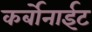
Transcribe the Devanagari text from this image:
कर्बोनाईट